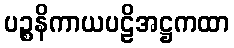
ပဉ္စနိကာယပဠိအဋ္ဌကထာ